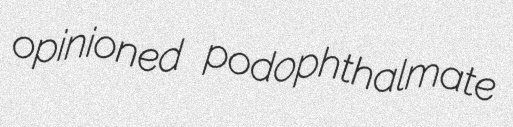
opinioned podophthalmate